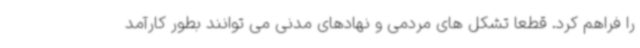
را فراهم کرد. قطعا تشکل های مردمی و نهادهای مدنی می توانند بطور کارآمد